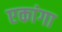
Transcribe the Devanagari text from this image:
एकांगा